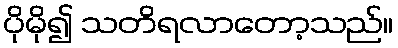
ပိုမို၍ သတိရလာတော့သည်။